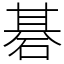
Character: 碁